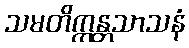
သမတိက္ကန္တသာသနံ